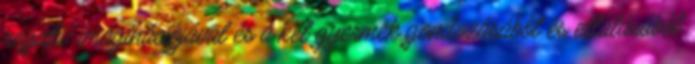
negatív imaginációjával és a két gyermek gondozásából és ellátásából